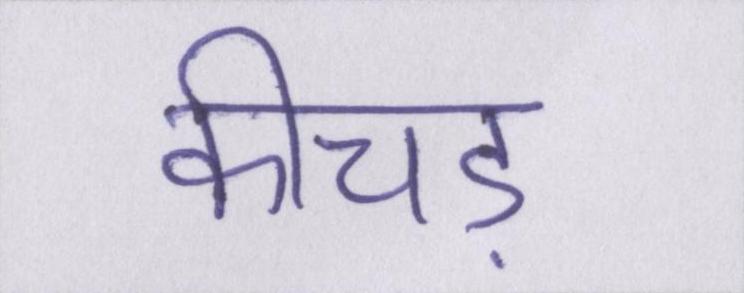
कीचड़